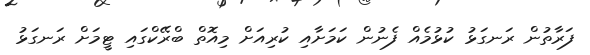
ފަރާތުން ރަނގަޅު ކުޅުމެއް ފެނުން ކަމަށާއި ކުރިއަށް މިއޮތް ބްރޭކްގައި ޓީމަށް ރަނގަޅު